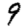
Digit: 9